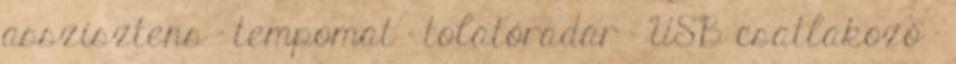
asszisztens – tempomat – tolatóradar – USB csatlakozó –